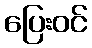
ပြေးဝင်